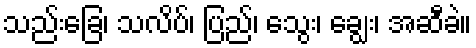
သည်းခြေ၊ သလိပ်၊ ပြည်၊ သွေး၊ ချွေး၊ အဆီခဲ။